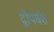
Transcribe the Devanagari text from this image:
द्वीपवंश